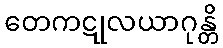
တေကဋုလယာဂုန္တိ